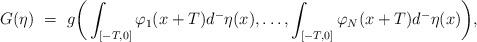
LaTeX: \begin{align*}G(\eta) \ = \ g\bigg(\int_{[-T,0]}\varphi_1(x+T)d^-\eta(x),\ldots,\int_{[-T,0]}\varphi_N(x+T)d^-\eta(x)\bigg),\end{align*}